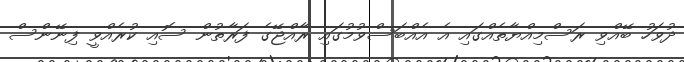
ދުވަހު ބޭއްވި ރަސްމިއްޔާތެއްގައި އެ އެއްބަސްވުމުގައި ރާއްޖޭގެ ފަރާތުން ސޮއި ކުރެއްވީ ފިނޭންސް